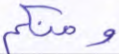
ومنكم